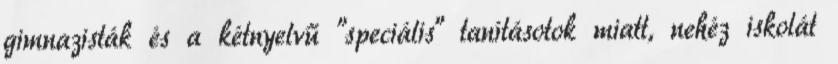
gimnazisták és a kétnyelvű "speciális" tanításotok miatt, nehéz iskolát